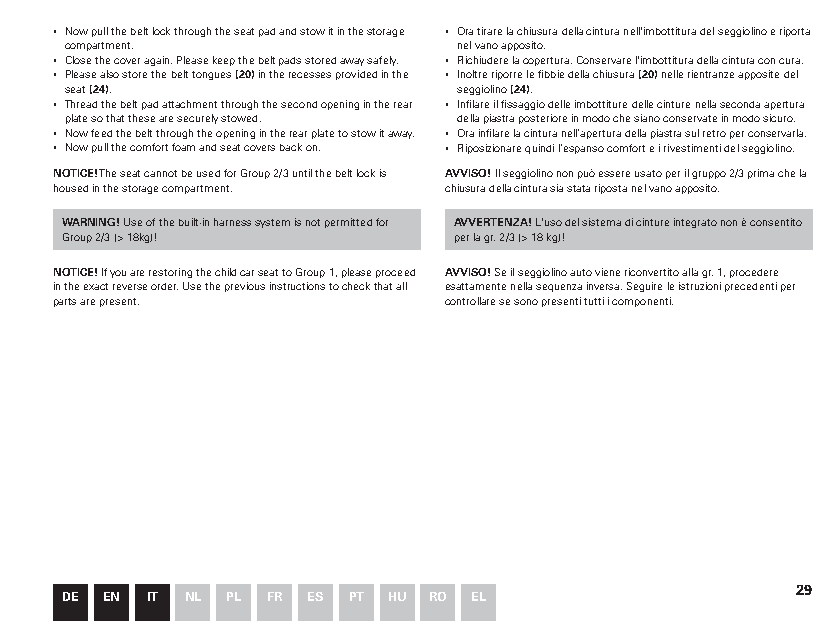
▪ Now pull the belt lock through the seat pad and stow it in the storage ▪ Ora tirare la chiusura della cintura nell'imbottitura del seggiolino e riporta
 compartment.              nel vano apposito.
 ▪ Close the cover again. Please keep the belt pads stored away safely. ▪ Richiudere la copertura. Conservare l'imbottitura della cintura con cura.
 ▪ Please also store the belt tongues (20) in the recesses provided in the ▪ Inoltre riporre le fibbie della chiusura (20) nelle rientranze apposite del
 seat (24).                seggiolino (24).
 ▪ Thread the belt pad attachment through the second opening in the rear ▪ Infilare il fissaggio delle imbottiture delle cinture nella seconda apertura
 plate so that these are securely stowed. della piastra posteriore in modo che siano conservate in modo sicuro.
 ▪ Now feed the belt through the opening in the rear plate to stow it away. ▪ Ora infilare la cintura nell’apertura della piastra sul retro per conservarla.
 ▪ Now pull the comfort foam and seat covers back on. ▪ Riposizionare quindi l’espanso comfort e i rivestimenti del seggiolino.
 NOTICE! The seat cannot be used for Group 2/3 until the belt lock is AVVISO! Il seggiolino non può essere usato per il gruppo 2/3 prima che la
 housed in the storage compartment. chiusura della cintura sia stata riposta nel vano apposito.
 WARNING! Use of the built-in harness system is not permitted for AVVERTENZA! L'uso del sistema di cinture integrato non è consentito
 Group 2/3 (> 18kg)!       per la gr. 2/3 (> 18 kg)!
 NOTICE! If you are restoring the child car seat to Group 1, please proceed AVVISO! Se il seggiolino auto viene riconvertito alla gr. 1, procedere
 in the exact reverse order. Use the previous instructions to check that all esattamente nella sequenza inversa. Seguire le istruzioni precedenti per
 parts are present.       controllare se sono presenti tutti i componenti.
 29
 DE EN IT NL PL FR ES PT HU RO EL